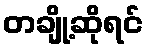
တချို့ဆိုရင်